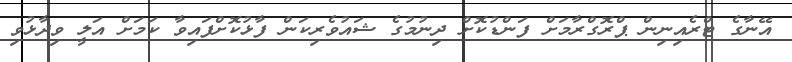
އޭނާގެ ޓްރެއިނިން ޕްރޮގްރާމަށް ފަންޑުކޮށް ދިނުމުގެ ޝައުވެރިކަން ފާޅުކޮށްފައިވާ ކަމަށް އަލީ ވިދާޅުވި